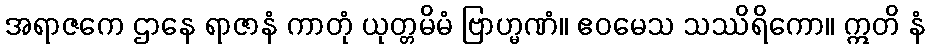
အရာဇကေ ဌာနေ ရာဇာနံ ကာတုံ ယုတ္တမိမံ ဗြာဟ္မဏံ။ ဧဝမေသ သဿိရိကော။ ဣတိ နံ